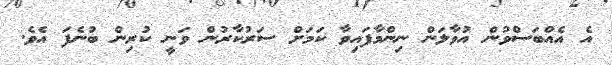
އެ އެއްބަސްވުން އުވާލަން ނިންމާފައިވާ ކަމަށް ސަރުކާރުން ވަނީ ކުރިން ބުނެފަ އެވެ.